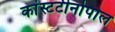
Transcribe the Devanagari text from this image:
कांस्टटीनोपाल